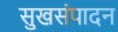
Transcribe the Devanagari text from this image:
सुखसंपादन